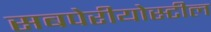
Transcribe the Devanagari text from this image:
सबपेरीयोस्टील